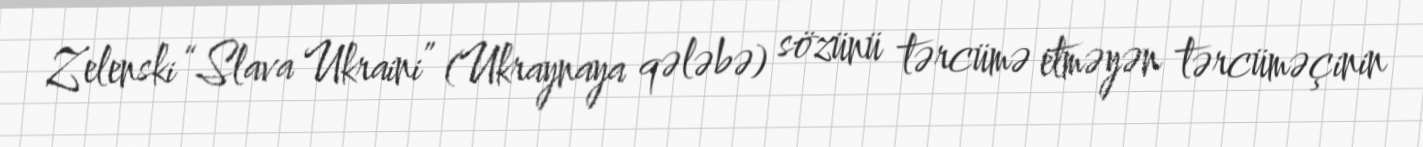
Zelenski “Slava Ukraini” (Ukraynaya qələbə) sözünü tərcümə etməyən tərcüməçinin